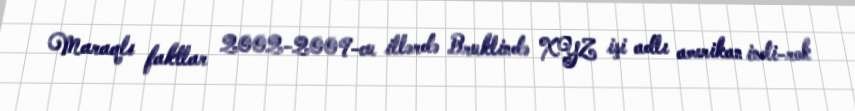
Maraqlı faktlar 2002-2009-cu illərdə Bruklində XYZ işi adlı amerikan indi-rok